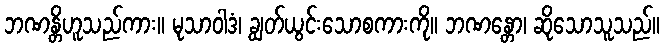
ဘဏန္တိဟူသည်ကား။ မုသာဝါဒံ၊ ချွတ်ယွင်းသောစကားကို။ ဘဏန္တော၊ ဆိုသောသူသည်။